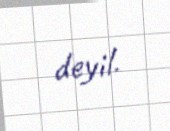
deyil.